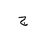
Letter: _gim